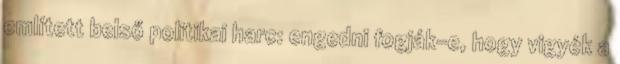
említett belső politikai harc: engedni fogják-e, hogy vigyék a